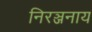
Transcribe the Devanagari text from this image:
निरञ्जनाय